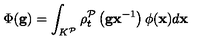
\Phi ( \mathbf { g } ) = \int _ { K ^ { \mathcal { P } } } \rho _ { t } ^ { \mathcal { P } } \left( \mathbf { g x } ^ { - 1 } \right) \phi ( \mathbf { x } ) d \mathbf { x }